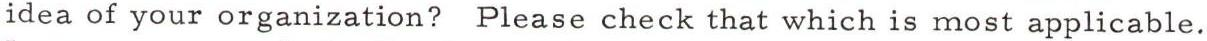
idea of your organization? Please check that which is most applicable.